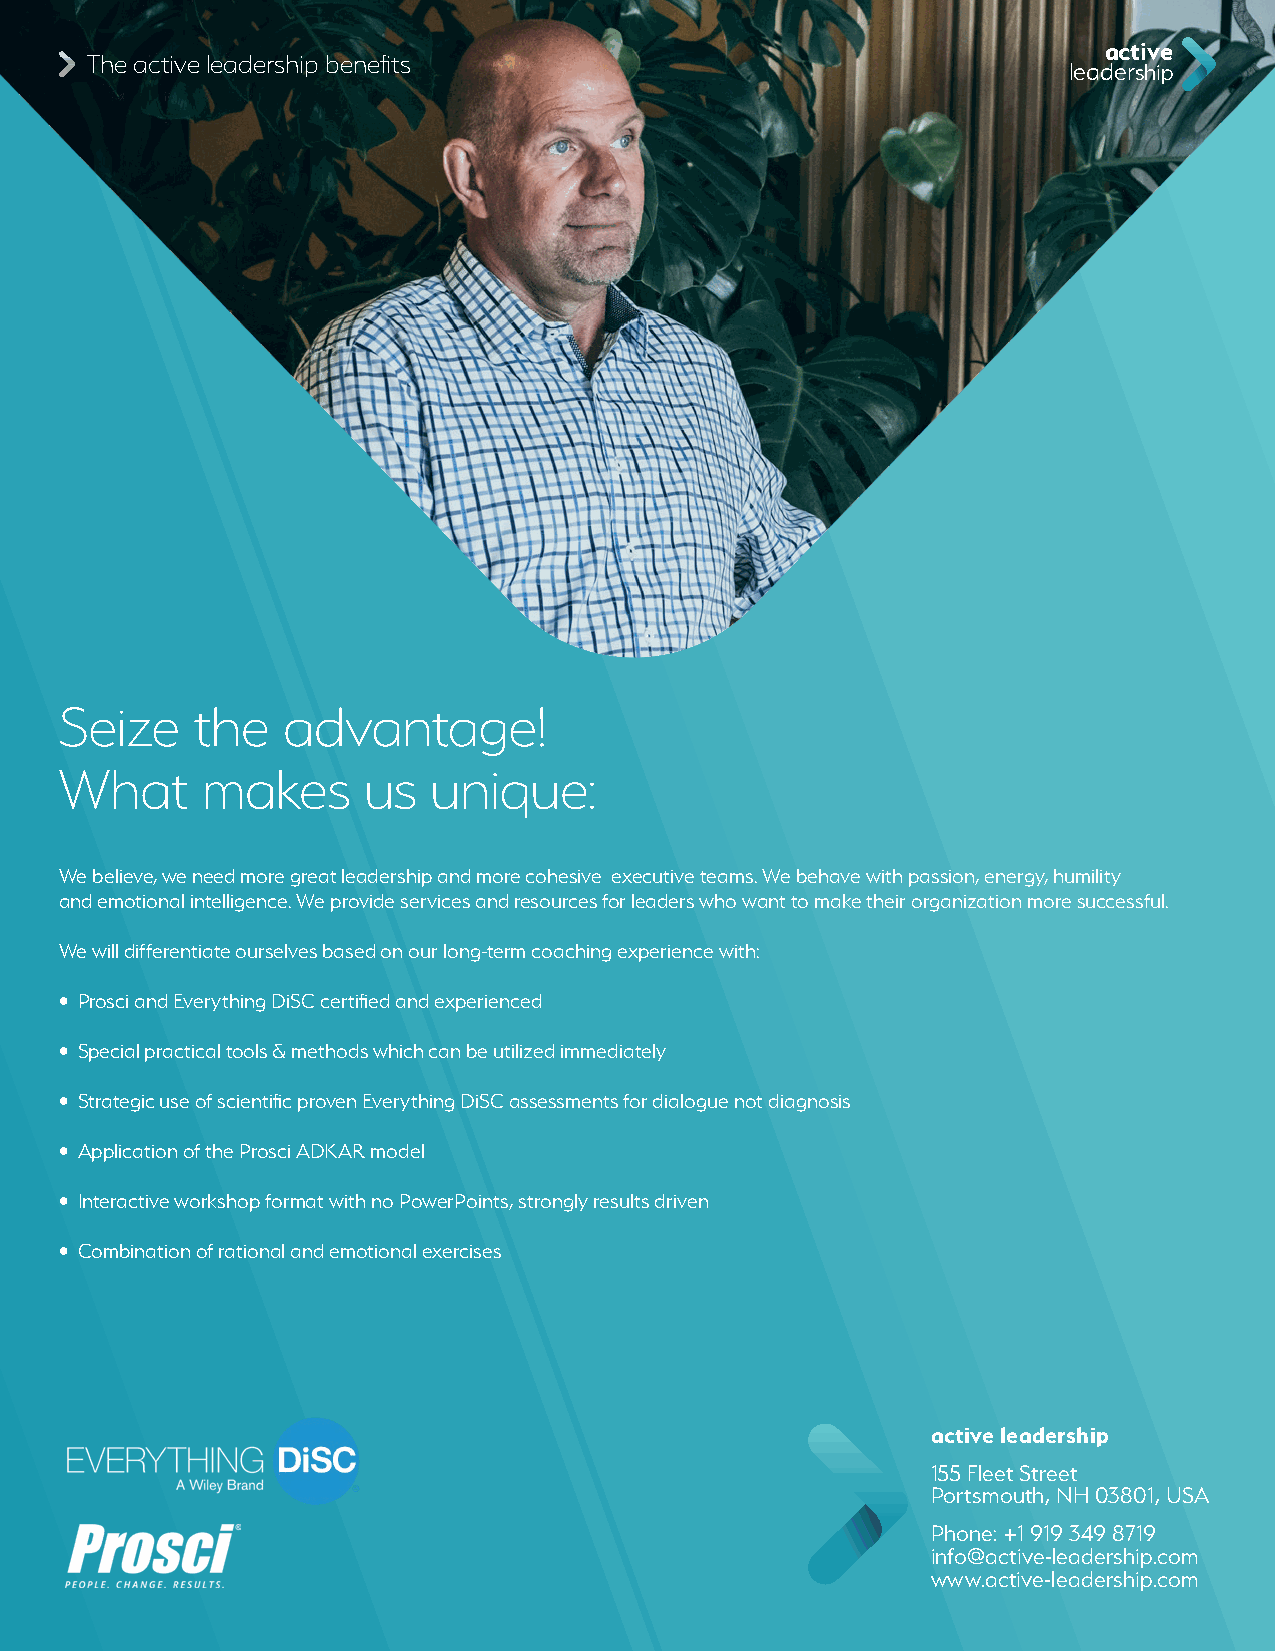
active
 The active leadership benefits
 leadership
 Seize    the   advantage!
 What     makes      us  unique:
 We believe, we need more great leadership and more cohesive executive teams. We behave with passion, energy, humility
 and emotional intelligence. We provide services and resources for leaders who want to make their organization more successful.
 We will differentiate ourselves based on our long-term coaching experience with:
 • Prosci and Everything DiSC certified and experienced
 • Special practical tools & methods which can be utilized immediately
 • Strategic use of scientific proven Everything DiSC assessments for dialogue not diagnosis
 • Application of the Prosci ADKAR model
 • Interactive workshop format with no PowerPoints, strongly results driven
 • Combination of rational and emotional exercises
 active leadership
 155 Fleet Street
 Portsmouth, NH 03801, USA
 Phone: +1 919 349 8719
 info@active-leadership.com
 www.active-leadership.com